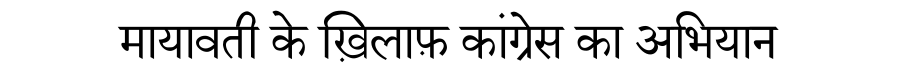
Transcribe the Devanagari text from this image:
मायावती के ख़िलाफ़ कांग्रेस का अभियान